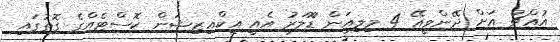
އުއްޗު އަށް ދޭންވީއޭ 4 މިިލިއަން ޑޮަލަރު އެއީ އިކްއިޒިޝަން ކޮސްޓެއްގެ ގޮތުގައި